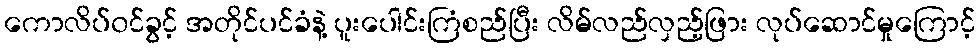
ကောလိပ်၀င်ခွင့် အတိုင်ပင်ခံနဲ့ ပူးပေါင်းကြံစည်ပြီး လိမ်လည်လှည့်ဖြား လုပ်ဆောင်မှုကြောင့်